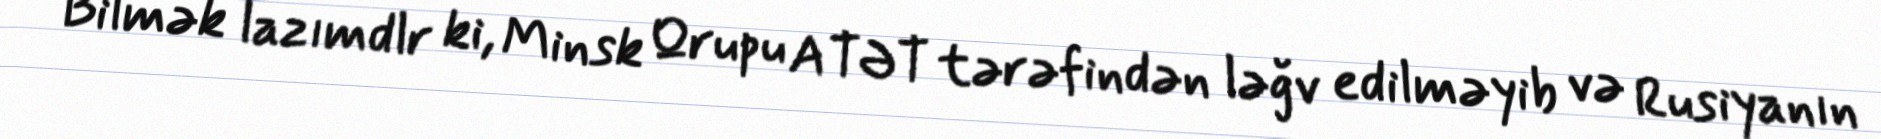
Bilmək lazımdlr ki, Minsk Qrupu ATƏT tərəfindən ləğv edilməyib və Rusiyanın